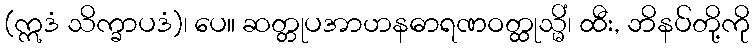
(ဣဒံ သိက္ခာပဒံ)၊ ပေ။ ဆတ္တုပအာဟနဓာရဏဝတ္ထုသ္မိံ၊ ထီး, ဘိနပ်တို့ကို